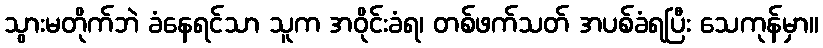
သွားမတိုက်ဘဲ ခံနေရင်သာ သူက အဝိုင်းခံရ၊ တစ်ဖက်သတ် အပစ်ခံရပြီး သေကုန်မှာ။